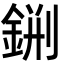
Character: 𨧂